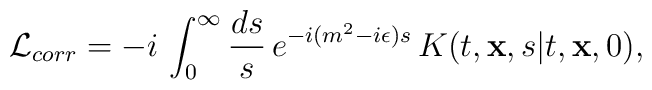
{\cal L}_{corr}=-i\,\int_{0}^{\infty} {ds \over s}\,e^{-i(m^2-i\epsilon)s}\,K(t, {\bf x}, s\vert t, {\bf x}, 0),